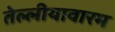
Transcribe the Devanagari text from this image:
तेल्लीयावारम